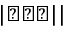
| \bigstar \bigstar \bigstar | |